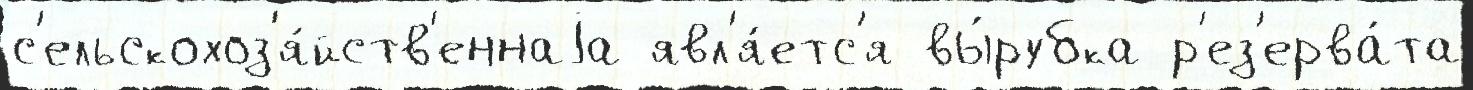
с'ельскохоз'я́йств'еннаjа явл'я́етс'я вы́рубка р'ез'ерва́та